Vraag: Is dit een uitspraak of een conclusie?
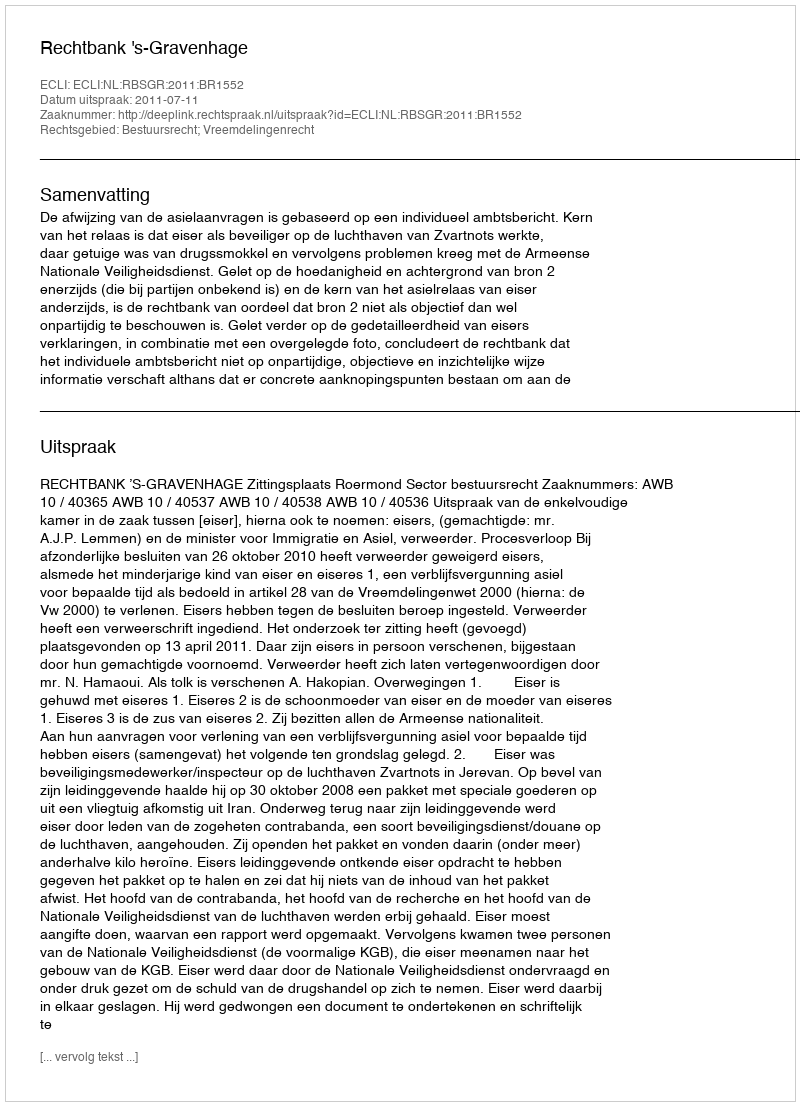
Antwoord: Uitspraak